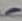
Text: -